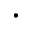
\cdot